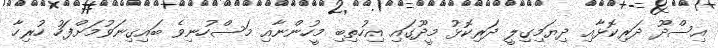
އިސްދޫ ދަރިކޮޅާއި ދިޔަމިގިލީ ދަރިކޮޅު މީދޫގައި އިހުތިބި މީހުންނާއި މަސްހުނިވެ ބައިގިނަވުމަށްފަހު ހުރިހާ